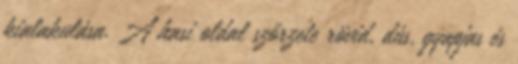
kialakulása. A hasi oldal szőrzete rövid, dús, gyapjas és